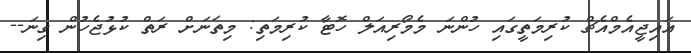
އައިޖީއެމްއެޗް ކުރިމަތީގައި ހުންނަ މެމޯރިއަލް ހޮޓާ ކުރިމަތި: މިތަނަށް ރަތް ކުޅުޖެހުން ގިނަ--